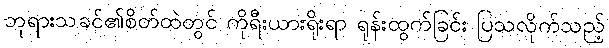
ဘုရားသခင်၏စိတ်ထဲတွင် ကိုရီးယားရိုးရာ ရုန်းထွက်ခြင်း ပြသလိုက်သည့်